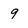
Character: 9